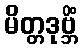
မိတ္တဒုဗ္ဘိံ